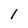
Character: 1